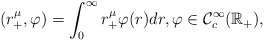
\begin{align*} (r_+^\mu,\varphi)=\int_{0}^\infty r_+^\mu\varphi(r)dr,\varphi\in {\mathcal C}^\infty_c({\mathbb R}_+),\end{align*}